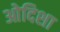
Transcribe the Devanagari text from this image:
ओदिशा